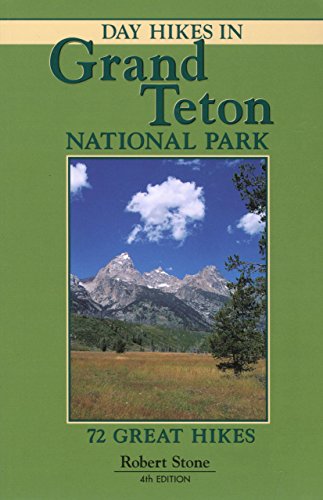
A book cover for Day Hikes in Grand Teton National Park, 4th; Robert Stone; Travel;